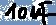
Text: 10µF